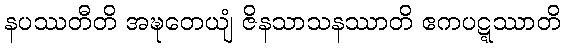
နပဿတီတိ အဍ္ဎတေယျံ ဇိနသာသနဿာတိ ဧကပဋ္ဋဿာတိ